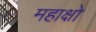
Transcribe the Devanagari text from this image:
महाक्षो